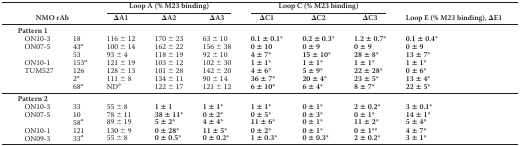
<table><thead><tr><td rowspan="2" colspan="2"><b>NMO rAb</b></td><td colspan="3"><b>Loop A (% M23 binding)</b></td><td colspan="3"><b>Loop C (% M23 binding)</b></td><td rowspan="2"><b>Loop E (% M23 binding), ΔE1</b></td></tr><tr><td><b>ΔA1</b></td><td><b>ΔA2</b></td><td><b>ΔA3</b></td><td><b>ΔC1</b></td><td><b>ΔC2</b></td><td><b>ΔC3</b></td></tr></thead><tbody><tr><td colspan="9"><b>Pattern 1</b></td></tr><tr><td>ON10-3</td><td>18</td><td>116 ± 12</td><td>170 ± 23</td><td>63 ± 10</td><td><b>0.1 ± 0.1*</b></td><td><b>0.2 ± 0.3*</b></td><td><b>1.2 ± 0.7*</b></td><td><b>0.1 ± 0.4*</b></td></tr><tr><td>ON07-5</td><td>43<i><sup>a</sup></i></td><td>100 ± 14</td><td>162 ± 22</td><td>156 ± 38</td><td><b>0 ± 10</b></td><td><b>0 ± 9</b></td><td><b>0 ± 9</b></td><td><b>0 ± 9</b></td></tr><tr><td></td><td>53</td><td>93 ± 4</td><td>118 ± 19</td><td>92 ± 10</td><td><b>4 ± 7*</b></td><td><b>15 ± 10*</b></td><td><b>28 ± 8*</b></td><td><b>13 ± 7*</b></td></tr><tr><td>ON10-1</td><td>153<i><sup>a</sup></i></td><td>121 ± 19</td><td>103 ± 12</td><td>102 ± 30</td><td><b>1 ± 1*</b></td><td><b>1 ± 1*</b></td><td><b>1 ± 1*</b></td><td><b>1 ± 1*</b></td></tr><tr><td>TUM527</td><td>126</td><td>128 ± 13</td><td>101 ± 28</td><td>142 ± 20</td><td><b>4 ± 6*</b></td><td><b>5 ± 9*</b></td><td><b>22 ± 28*</b></td><td><b>0 ± 6*</b></td></tr><tr><td></td><td>2<i><sup>a</sup></i></td><td>111 ± 8</td><td>134 ± 11</td><td>90 ± 14</td><td><b>36 ± 7*</b></td><td><b>20 ± 4*</b></td><td><b>23 ± 5*</b></td><td><b>13 ± 4*</b></td></tr><tr><td></td><td>68<i><sup>a</sup></i></td><td>ND<i><sup>b</sup></i></td><td>122 ± 17</td><td>121 ± 12</td><td><b>6 ± 10*</b></td><td><b>6 ± 4*</b></td><td><b>8 ± 7*</b></td><td><b>22 ± 5*</b></td></tr><tr><td colspan="9"><b>Pattern 2</b></td></tr><tr><td>ON10-3</td><td>33</td><td>55 ± 8</td><td><b>1 ± 1</b></td><td><b>1 ± 1*</b></td><td><b>1 ± 1*</b></td><td><b>0 ± 1*</b></td><td><b>2 ± 0.2*</b></td><td><b>3 ± 0.1*</b></td></tr><tr><td>ON07-5</td><td>10</td><td>78 ± 11</td><td><b>38 ± 11*</b></td><td><b>0 ± 2*</b></td><td><b>0 ± 5*</b></td><td><b>0 ± 3*</b></td><td><b>0 ± 1*</b></td><td><b>14 ± 1*</b></td></tr><tr><td></td><td>58<i><sup>a</sup></i></td><td>89 ± 19</td><td><b>5 ± 2*</b></td><td><b>4 ± 4*</b></td><td><b>11 ± 6*</b></td><td><b>0 ± 1*</b></td><td><b>11 ± 2*</b></td><td><b>5 ± 4*</b></td></tr><tr><td>ON10-1</td><td>121</td><td>130 ± 9</td><td><b>0 ± 28*</b></td><td><b>11 ± 5*</b></td><td><b>0 ± 2*</b></td><td><b>0 ± 1*</b></td><td><b>0 ± 1**</b></td><td><b>4 ± 7*</b></td></tr><tr><td>ON09-3</td><td>33<i><sup>a</sup></i></td><td>55 ± 8</td><td><b>0 ± 0.5*</b></td><td><b>0 ± 0.2*</b></td><td><b>1 ± 0.3*</b></td><td><b>0 ± 0.3*</b></td><td><b>2 ± 0.2*</b></td><td><b>3 ± 1*</b></td></tr></tbody></table>